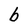
Character: b